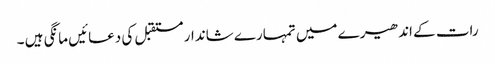
رات کے اندھیرے میں تمہارے شاندار مستقبل کی دعائیں مانگی ہیں ۔